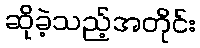
ဆိုခဲ့သည့်အတိုင်း